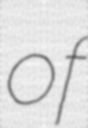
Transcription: of